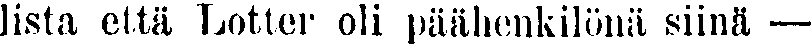
lista etta Lotter oli päähenkilönä siinä —